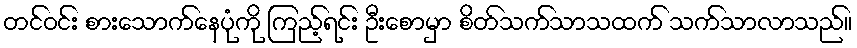
တင်ဝင်း စားသောက်နေပုံကို ကြည့်ရင်း ဦးစောမှာ စိတ်သက်သာသထက် သက်သာလာသည်။